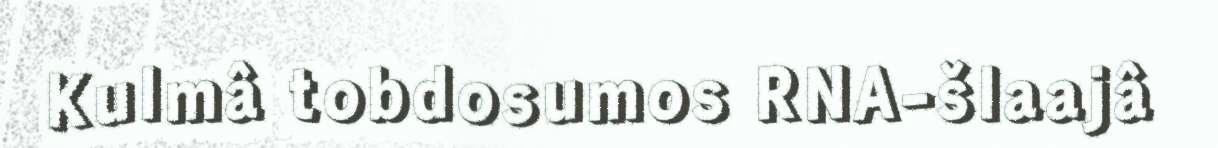
Kulmâ tobdosumos RNA-šlaajâ